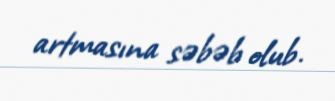
artmasına səbəb olub.